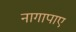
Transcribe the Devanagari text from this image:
नागापाए